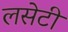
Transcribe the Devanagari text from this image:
लसेटी